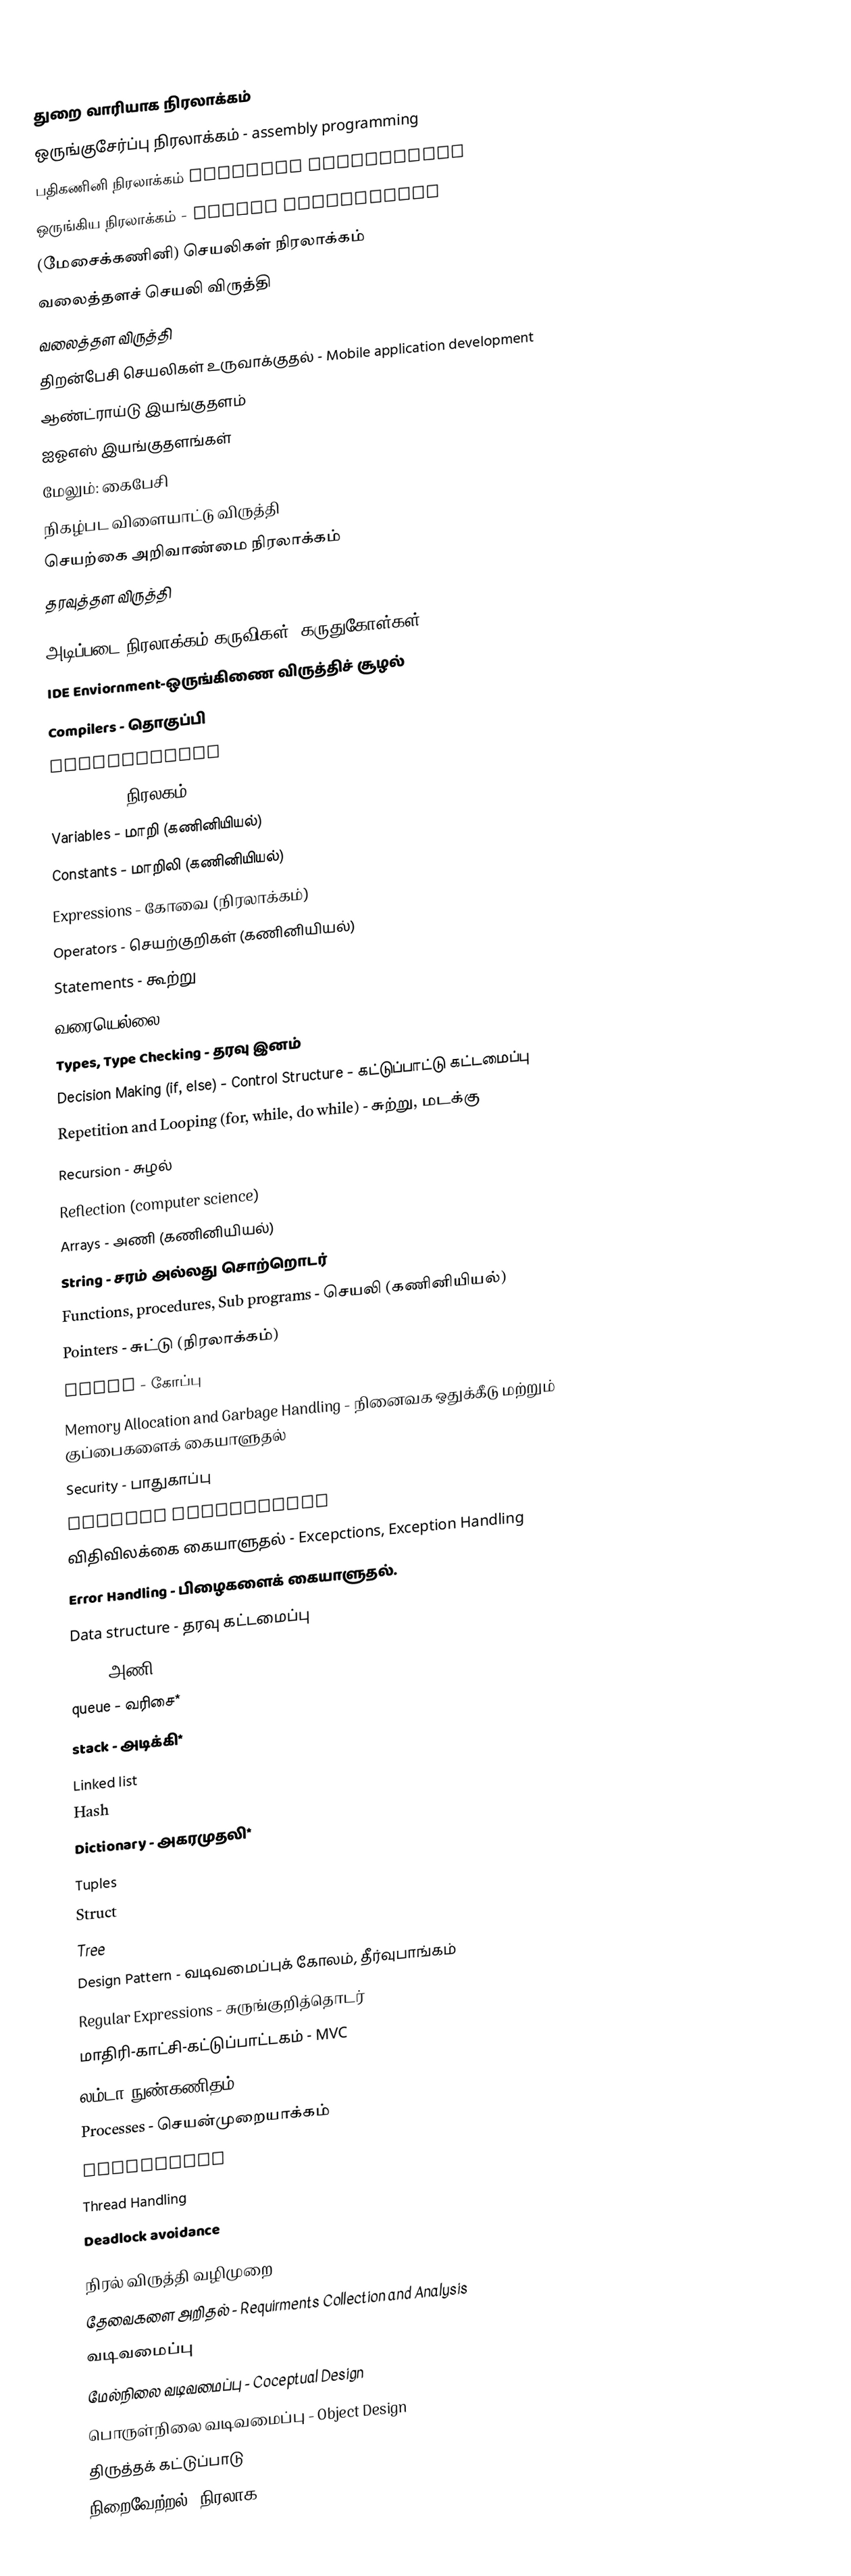

துறை வாரியாக நிரலாக்கம்
 ஒருங்குசேர்ப்பு  நிரலாக்கம் - assembly programming
 பதிகணினி நிரலாக்கம் embedded programming
 ஒருங்கிய நிரலாக்கம் - system programming
 (மேசைக்கணினி) செயலிகள் நிரலாக்கம்
 வலைத்தளச் செயலி விருத்தி
 வலைத்தள விருத்தி
 திறன்பேசி செயலிகள் உருவாக்குதல் - Mobile application development
 ஆண்ட்ராய்டு இயங்குதளம்
 ஐஓஎஸ் இயங்குதளங்கள்
 மேலும்: கைபேசி
 நிகழ்பட விளையாட்டு விருத்தி
 செயற்கை அறிவாண்மை நிரலாக்கம்
 தரவுத்தள விருத்தி

அடிப்படை நிரலாக்கம் கருவிகள், கருதுகோள்கள்
 IDE Enviornment-ஒருங்கிணை விருத்திச் சூழல்
 Compilers - தொகுப்பி
 Interpreters
 Libraries - நிரலகம்
 Variables - மாறி (கணினியியல்)
 Constants - மாறிலி (கணினியியல்)
 Expressions - கோவை (நிரலாக்கம்)
 Operators - செயற்குறிகள் (கணினியியல்)
 Statements - கூற்று
 வரையெல்லை - Scoping (local, global, dynamic)
 Types, Type Checking - தரவு இனம்
 Decision Making (if, else) - Control Structure - கட்டுப்பாட்டு கட்டமைப்பு
 Repetition and Looping (for, while, do while) - சுற்று, மடக்கு
 Recursion - சுழல்
 Reflection (computer science)
 Arrays - அணி (கணினியியல்)
 String - சரம் அல்லது சொற்றொடர்
 Functions, procedures, Sub programs - செயலி (கணினியியல்)
 Pointers - சுட்டு (நிரலாக்கம்)
 Files - கோப்பு
 Memory Allocation and Garbage Handling - நினைவக ஒதுக்கீடு மற்றும் குப்பைகளைக் கையாளுதல்
 Security - பாதுகாப்பு
 Generic Subprograms
 விதிவிலக்கை கையாளுதல் - Excepctions, Exception Handling
 Error Handling - பிழைகளைக் கையாளுதல்.
 Data structure - தரவு கட்டமைப்பு
 Array அணி
 queue - வரிசை*
 stack - அடிக்கி*
 Linked list
 Hash
 Dictionary - அகரமுதலி*
 Tuples
 Struct
 Tree
 Design Pattern - வடிவமைப்புக் கோலம், தீர்வுபாங்கம்
 Regular Expressions - சுருங்குறித்தொடர்
 மாதிரி-காட்சி-கட்டுப்பாட்டகம் - MVC
 லம்டா நுண்கணிதம்
 Processes - செயன்முறையாக்கம்
 Scheduling
 Thread Handling
 Deadlock avoidance

நிரல் விருத்தி வழிமுறை
 தேவைகளை அறிதல் - Requirments Collection and Analysis
 வடிவமைப்பு
 மேல்நிலை வடிவமைப்பு - Coceptual Design
 பொருள்நிலை வடிவமைப்பு - Object Design
 திருத்தக் கட்டுப்பாடு
 நிறைவேற்றல்: நிரலாக